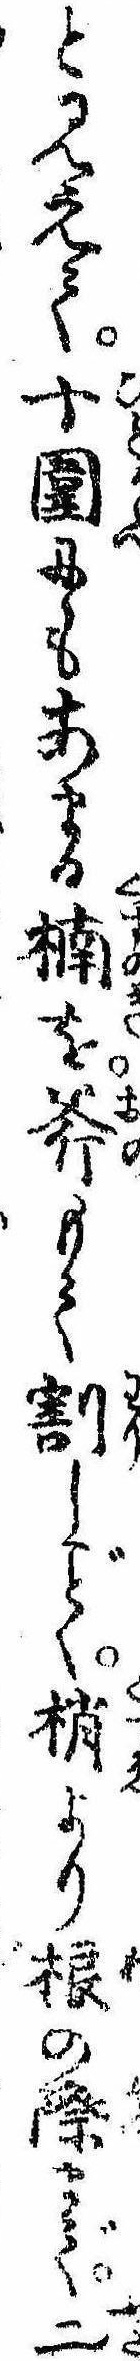
と見えて十囲にもあまる楠を斧もて割しく梢より根の際まで二